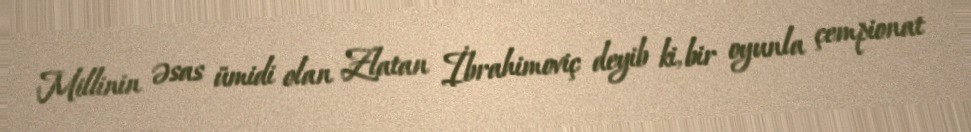
Millinin əsas ümidi olan Zlatan İbrahimoviç deyib ki, bir oyunla çempionat